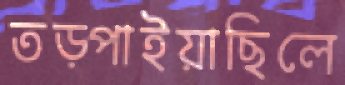
তড়্‌পাইয়াছিলে